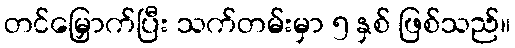
တင်မြှောက်ပြီး သက်တမ်းမှာ ၅ နှစ် ဖြစ်သည်။